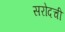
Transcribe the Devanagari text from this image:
सरोदची